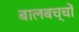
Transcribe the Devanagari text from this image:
बालबच्चों